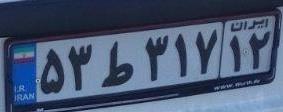
۵۳ط۳۱۷۱۲